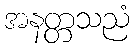
အနတ္တသညံ